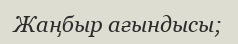
Жаңбыр ағындысы;